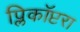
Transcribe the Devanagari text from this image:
प्लिकॉप्टरा